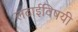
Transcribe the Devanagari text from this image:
लढाईविषयी